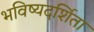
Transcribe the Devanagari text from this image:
भविष्यदर्शिता